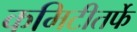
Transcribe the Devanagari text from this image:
कमिटीतर्फे